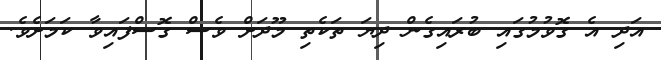
އަދި އެ ގޮވުމުގައި ބުރައިގެން ދިޔަ ތަކެތި މޫދަށް ވެސް ގޮސްފައިވާ ކަމަށެވެ.